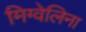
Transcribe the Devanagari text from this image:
मिग्वेलिना